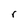
Character: r